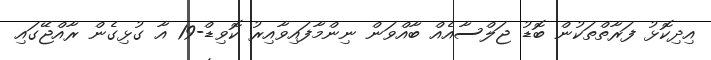
އިދިކޮޅު ފަރާތްތަކުން ބޮޑު ޖަލްސާއެއް ބާއްވަން ނިންމާފައިވާއިރު ކޮވިޑް-19 އާ ގުޅިގެން ރާއްޖޭގައި